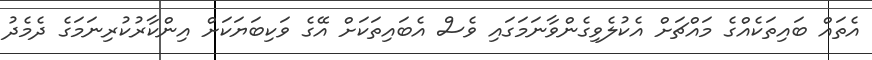
އެތައް ބައިތަކެއްގެ މައްޗަށް އެކުލެވިގެންވާނަމަގައި ވެސް އެބައިތަކަށް އޭގެ ވަކިބަޔަކަށް އިންކާރުކުރިނަމަގެ ދެމެދު